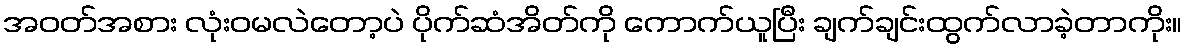
အဝတ်အစား လုံးဝမလဲတော့ပဲ ပိုက်ဆံအိတ်ကို ကောက်ယူပြီး ချက်ချင်းထွက်လာခဲ့တာကိုး။